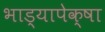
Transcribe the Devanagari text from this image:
भाड्यापेक्षा